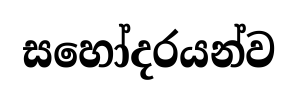
සහෝදරයන්ව